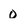
Character: 0